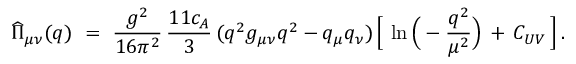
\widehat { \Pi } _ { \mu \nu } ( q ) \ = \ \frac { g ^ { 2 } } { 1 6 \pi ^ { 2 } } \, \frac { 1 1 c _ { A } } { 3 } \, ( q ^ { 2 } g _ { \mu \nu } q ^ { 2 } - q _ { \mu } q _ { \nu } ) \, \Big [ \, \ln \Big ( - \frac { q ^ { 2 } } { \mu ^ { 2 } } \Big ) \, + \, C _ { U V } \, \Big ] \, .